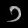
Digit: ၁